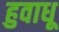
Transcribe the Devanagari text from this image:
हुवाधू